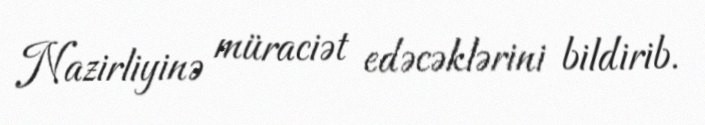
Nazirliyinə müraciət edəcəklərini bildirib.